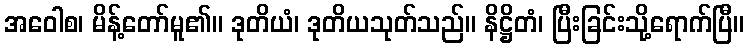
အဝေါစ၊ မိန့်တော်မူ၏။ ဒုတိယံ၊ ဒုတိယသုတ်သည်။ နိဋ္ဌိတံ၊ ပြီးခြင်းသို့ရောက်ပြီ။